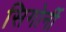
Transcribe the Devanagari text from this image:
सिगोर्नी